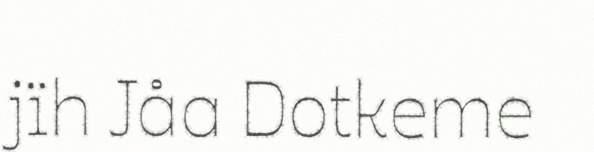
jïh Jåa Dotkeme